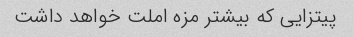
پیتزایی که بیشتر مزه املت خواهد داشت